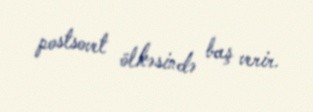
postsovet ölkəsində baş verir.